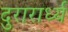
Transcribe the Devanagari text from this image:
दुरारार्ध्य